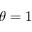
\theta = 1